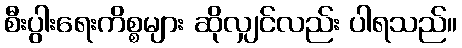
စီးပွါးရေးကိစ္စများ ဆိုလျှင်လည်း ပါရသည်။